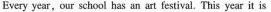
Every year, our school has an art festival. This year it is